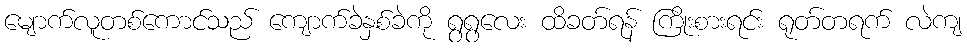
မျောက်လူတစ်ကောင်သည် ကျောက်ခဲနှစ်ခဲကို ရွရွလေး ထိခတ်ရန် ကြိုးစားရင်း ရုတ်တရက် လဲကျ